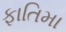
ફાતિમા